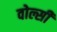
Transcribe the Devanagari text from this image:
वोल्सी